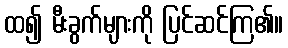
ထ၍ မီးခွက်များကို ပြင်ဆင်ကြ၏။